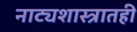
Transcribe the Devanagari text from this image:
नाट्यशास्त्रातही